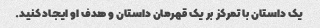
یک داستان با تمرکز بر یک قهرمان داستان و هدف او ایجاد کنید.